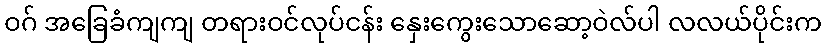
ဝဂ် အခြေခံကျကျ တရားဝင်လုပ်ငန်း နှေးကွေးသောဆော့ဝဲလ်ပါ လလယ်ပိုင်းက